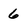
Character: 6